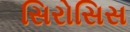
સિરોસિસ